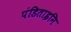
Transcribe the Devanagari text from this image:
पंडिताइनि